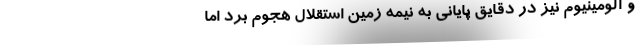
و آلومینیوم نیز در دقایق پایانی به نیمه زمین استقلال هجوم برد اما